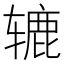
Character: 辘